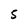
Character: 5